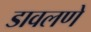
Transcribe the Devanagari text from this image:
डावलणे